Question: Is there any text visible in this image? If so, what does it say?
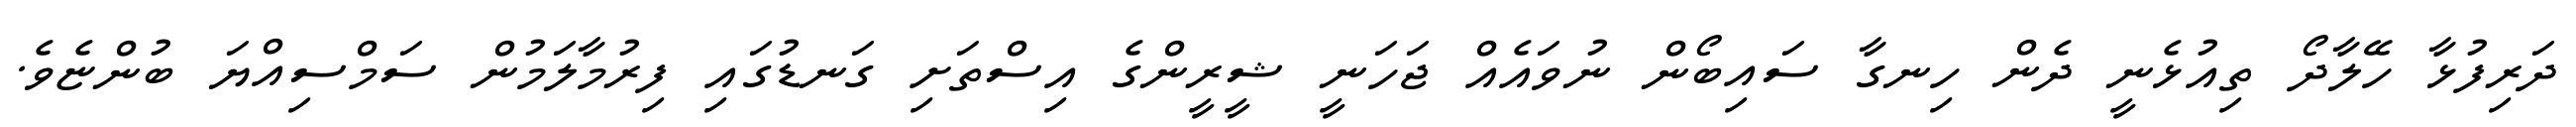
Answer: ދަރިފުޅާ ހޭލާދޯ ތިއުޅެނީ ދެން ހިނގާ ސައިބޯން ނުވައެއް ޖަހަނީ ޝީރީންގެ އިސްތަށި ގަނޑުގައި ފިރުމާލަމުން ސަމްސިއްޔަ ބުންޏެވެ.